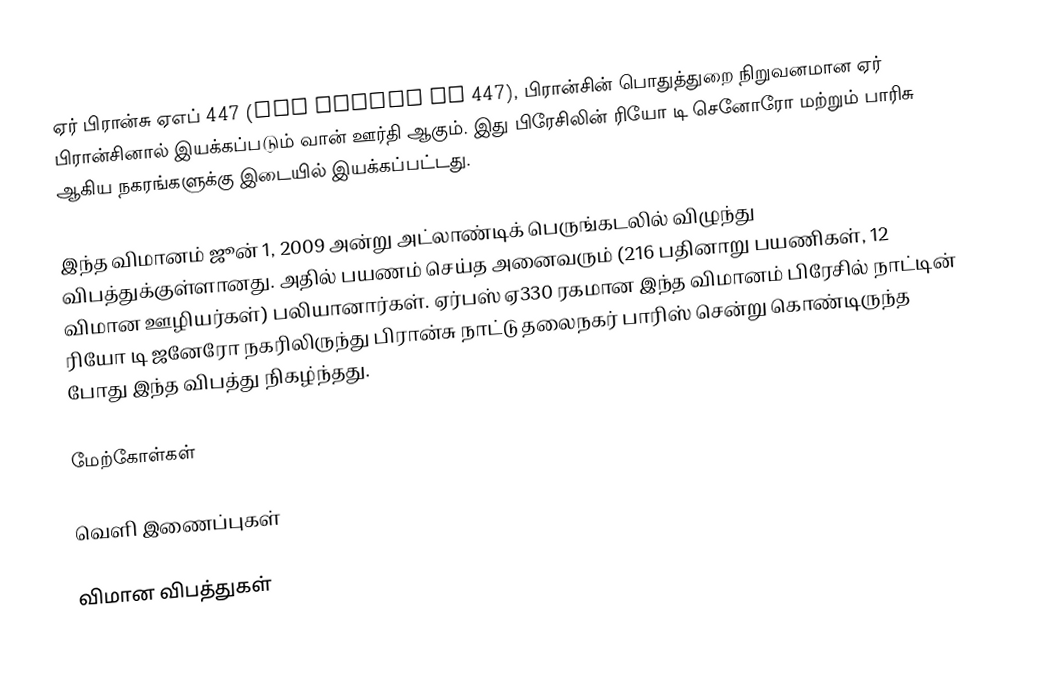
ஏர் பிரான்சு ஏஎப் 447 (Air France AF 447), பிரான்சின் பொதுத்துறை நிறுவனமான ஏர் பிரான்சினால் இயக்கப்படும் வான் ஊர்தி ஆகும். இது பிரேசிலின் ரியோ டி செனோரோ மற்றும் பாரிசு ஆகிய நகரங்களுக்கு இடையில் இயக்கப்பட்டது.

இந்த விமானம் ஜூன் 1, 2009 அன்று அட்லாண்டிக் பெருங்கடலில் விழுந்து விபத்துக்குள்ளானது. அதில் பயணம் செய்த அனைவரும் (216 பதினாறு பயணிகள், 12 விமான ஊழியர்கள்) பலியானார்கள். ஏர்பஸ் ஏ330 ரகமான இந்த விமானம் பிரேசில் நாட்டின் ரியோ டி ஜனேரோ நகரிலிருந்து பிரான்சு நாட்டு தலைநகர் பாரிஸ் சென்று கொண்டிருந்த போது இந்த விபத்து நிகழ்ந்தது.

மேற்கோள்கள்

வெளி இணைப்புகள்

விமான விபத்துகள்